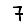
Digit: 7